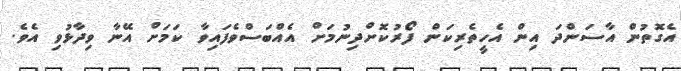
އެގޮތުން އާސަންދަ އިން އެހީތެރިކަން ފޯރުކޮށްދިނުމަށް އެއްބަސްވެފައިވާ ކަމަށް އޭނާ ވިދާޅުވި އެވެ.